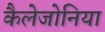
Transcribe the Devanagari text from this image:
कैलेजोनिया